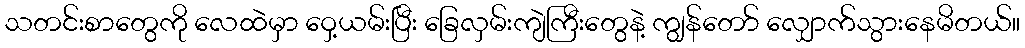
သတင်းစာတွေကို လေထဲမှာ ဝှေ့ယမ်းပြီး ခြေလှမ်းကျဲကြီးတွေနဲ့ ကျွန်တော် လျှောက်သွားနေမိတယ်။